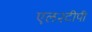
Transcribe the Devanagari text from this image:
एल२टीपी